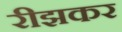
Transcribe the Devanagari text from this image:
रीझकर